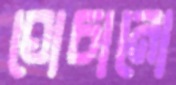
ঘোচানো